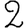
Digit: 2